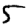
Digit: 5